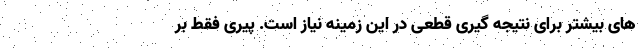
های بیشتر برای نتیجه گیری قطعی در این زمینه نیاز است. پیری فقط بر